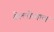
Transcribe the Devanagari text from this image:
बेल्लोन्गाल